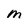
Character: M